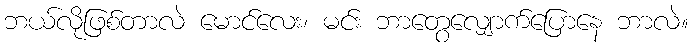
ဘယ်လိုဖြစ်တာလဲ မောင်လေး၊ မင်း ဘာတွေလျှောက်ပြောနေ ဘာလဲ။